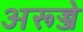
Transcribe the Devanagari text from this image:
अरूज्जे